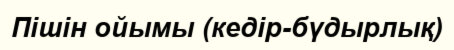
Пiшiн ойымы (кедiр-бүдырлық)